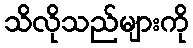
သိလိုသည်များကို